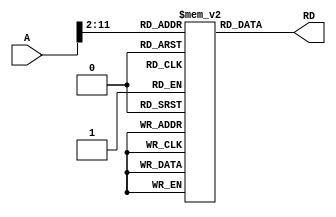

module instruction_memory (
	input [31:0] A,
    output [31:0] RD);
	
    reg [31:0] RAM [0:1023];
    assign RD = RAM[A[31:2]];
endmodule